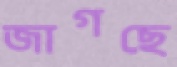
জাগছে